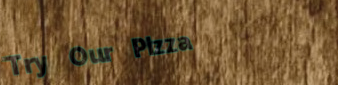
Try Our Pizza